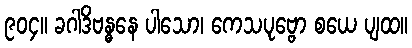
၉၀၄။ ခဂါဒိဗန္ဓနေ ပါသော၊ ကေသပုဗ္ဗော စယေ ပျထ။